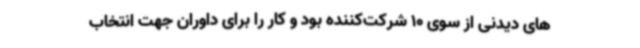
های دیدنی از سوی 10 شرکت‌کننده بود و کار را برای داوران جهت انتخاب